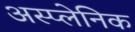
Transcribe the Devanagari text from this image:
अस्प्लेनिक